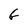
Character: f